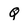
Character: q